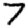
Digit: 7